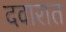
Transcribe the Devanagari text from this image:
दवारात